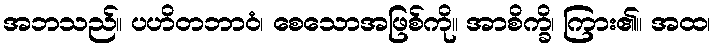
အဘသည်။ ပဟိတဘာဝံ၊ စေသောအဖြစ်ကို။ အာစိက္ခိ၊ ကြား၏။ အထ၊